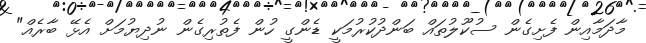
މާދަމާއިން ފެށިގެން ސުކޫލުތައް ބަންދުކުރުމަކީ ޑެންގީ ހުން ފެތުރިގެން ނުދިޔުމަށް އެޅޭ ބާރެއް"